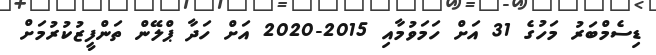
ޑިސެމްބަރު މަހުގެ 31 އަށް ހަމަވުމާއި 2015-2020 އަށް ހަދާ ޕްލޭން ތަންފީޒުކުރުމަށް